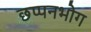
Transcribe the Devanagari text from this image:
छप्पनभोग